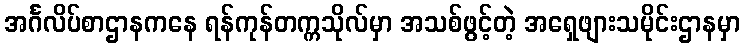
အင်္ဂလိပ်စာဌာနကနေ ရန်ကုန်တက္ကသိုလ်မှာ အသစ်ဖွင့်တဲ့ အရှေဖျားသမိုင်းဌာနမှာ